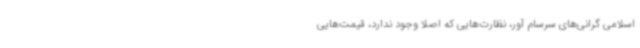
اسلامی گرانی‌های سرسام آور، نظارت‌هایی که اصلا وجود ندارد، قیمت‌هایی